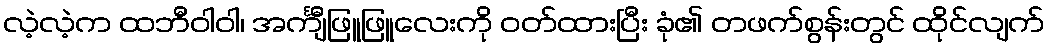
လဲ့လဲ့က ထဘီဝါဝါ၊ အင်္ကျီဖြူဖြူလေးကို ဝတ်ထားပြီး ခုံ၏ တဖက်စွန်းတွင် ထိုင်လျက်